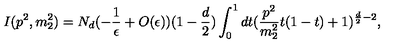
I ( p ^ { 2 } , m _ { 2 } ^ { 2 } ) = N _ { d } ( - \frac { 1 } { \epsilon } + O ( \epsilon ) ) ( 1 - \frac { d } { 2 } ) \int _ { 0 } ^ { 1 } d t ( \frac { p ^ { 2 } } { m _ { 2 } ^ { 2 } } t ( 1 - t ) + 1 ) ^ { \frac { d } { 2 } - 2 } ,